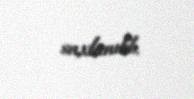
saxlanılıb.